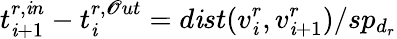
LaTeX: t_{\mathit{i}+1}^{r,\mathit{i}n}-t_{\mathit{i}}^{r,\mathscr{O}ut}=d\mathit{i}st(v_{\mathit{i}}^{r},v_{\mathit{i}+1}^{r})/sp_{d_{r}}